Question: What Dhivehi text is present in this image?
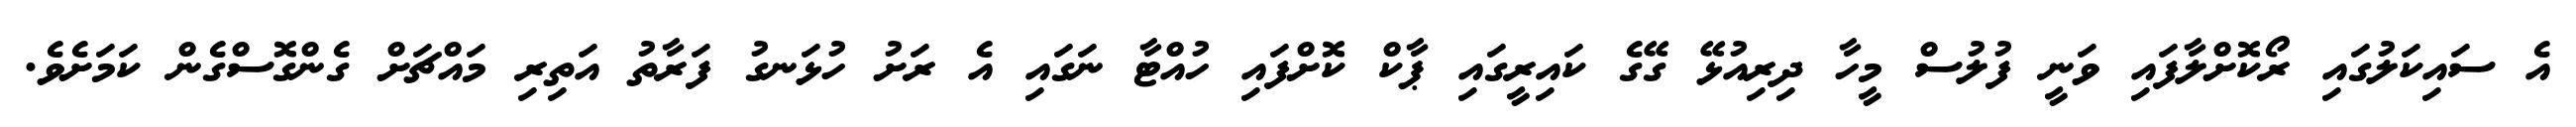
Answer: އެ ސައިކަލުގައި ރޯކޮށްލާފައި ވަނީ ފުލުސް މީހާ ދިރިއުޅޭ ގޭގެ ކައިރީގައި ޕާކް ކޮށްފައި ހުއްޓާ ނަގައި އެ ރަށު ހުޅަނގު ފަރާތު އަތިރި މައްޗަށް ގެންގޮސްގެން ކަމަށެވެ.